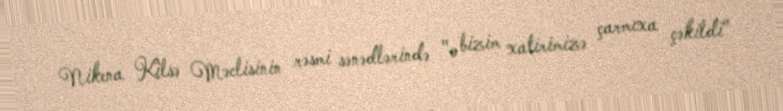
Nikena Kilsə Məclisinin rəsmi sənədlərində "o bizim xatirimizə çarmıxa çəkildi"